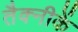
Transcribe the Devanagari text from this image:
तैक्नीकें